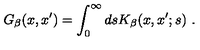
G _ { \beta } ( x , x ^ { \prime } ) = \int _ { 0 } ^ { \infty } d s K _ { \beta } ( x , x ^ { \prime } ; s ) \ .